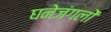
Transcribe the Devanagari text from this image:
घनेजंगलों